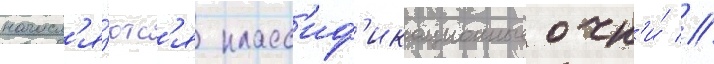
начисл'я́ютс'я класс'иф'икационные очк'и́ //